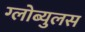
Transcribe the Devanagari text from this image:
ग्लोब्युलस